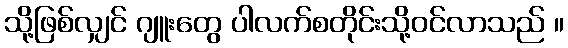
သို့ဖြစ်လျှင် ဂျူးတွေ ပါလက်စတိုင်းသို့ဝင်လာသည် ။